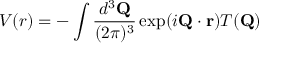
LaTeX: V ( r ) = - \int { \frac { d ^ { 3 } { \bf Q } } { ( 2 \pi ) ^ { 3 } } } \exp ( i { \bf Q } \cdot { \bf r } ) T ( { \bf Q } )